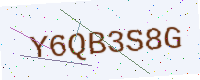
Text: Y6QB3S8G